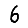
Digit: 6